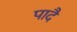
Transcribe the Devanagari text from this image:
पादै